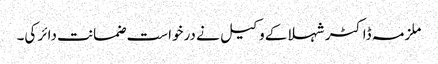
ملزمہ ڈاکٹر شہلا کے وکیل نے درخواست ضمانت دائر کی۔